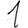
Digit: 1